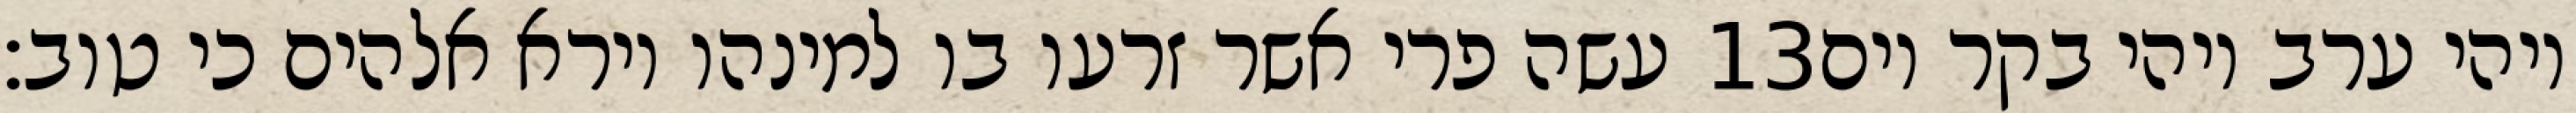
עשה פרי אשר זרעו בו למינהו וירא אלהים כי טוב׃ ‎13‏ ויהי ערב ויהי בקר יום